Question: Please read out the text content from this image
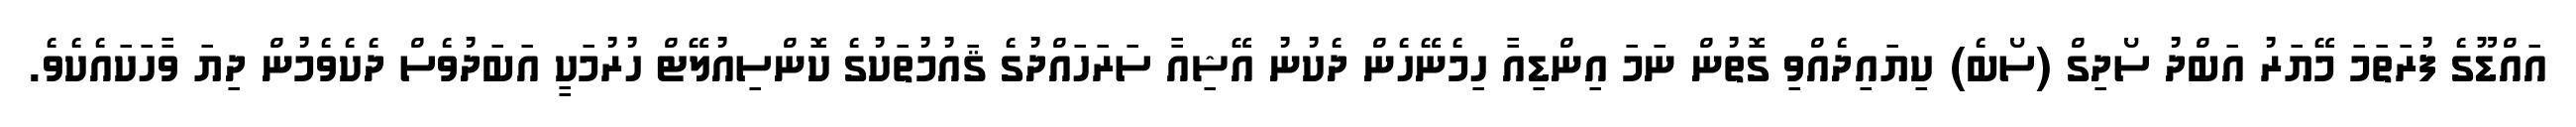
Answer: އައްޑޫގެ ފުރަތަމަ މޭޔަރު އަބްދު ސޯދިގް (ސޯބެ) ކިޔައިދެއްވި ގޮތުން ނަމަ އިންޑިއާ ހިމެނޭހެން ދެކުނު އޭޝިއާ ސަރަހައްދުގެ ޤައުމުތަކުގެ ކޮންސިއުލޭޓް ހުރުމަކީ އަބަދުވެސް ދެކެވެމުން ދިޔަ ވާހަކައެކެވެ.